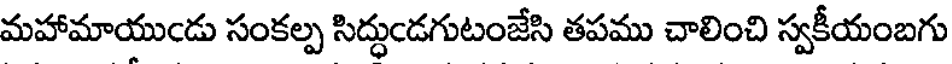
మహామాయుండు సంకల్ప సిద్దుండగుటంజేసి తపము చాలించి స్వకీయంబగు